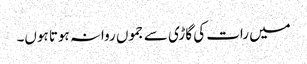
میں رات کی گاڑی سے جموں روانہ ہوتا ہوں۔